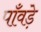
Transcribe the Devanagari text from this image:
पाँवड़े